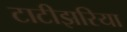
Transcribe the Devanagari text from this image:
टाटीझरिया